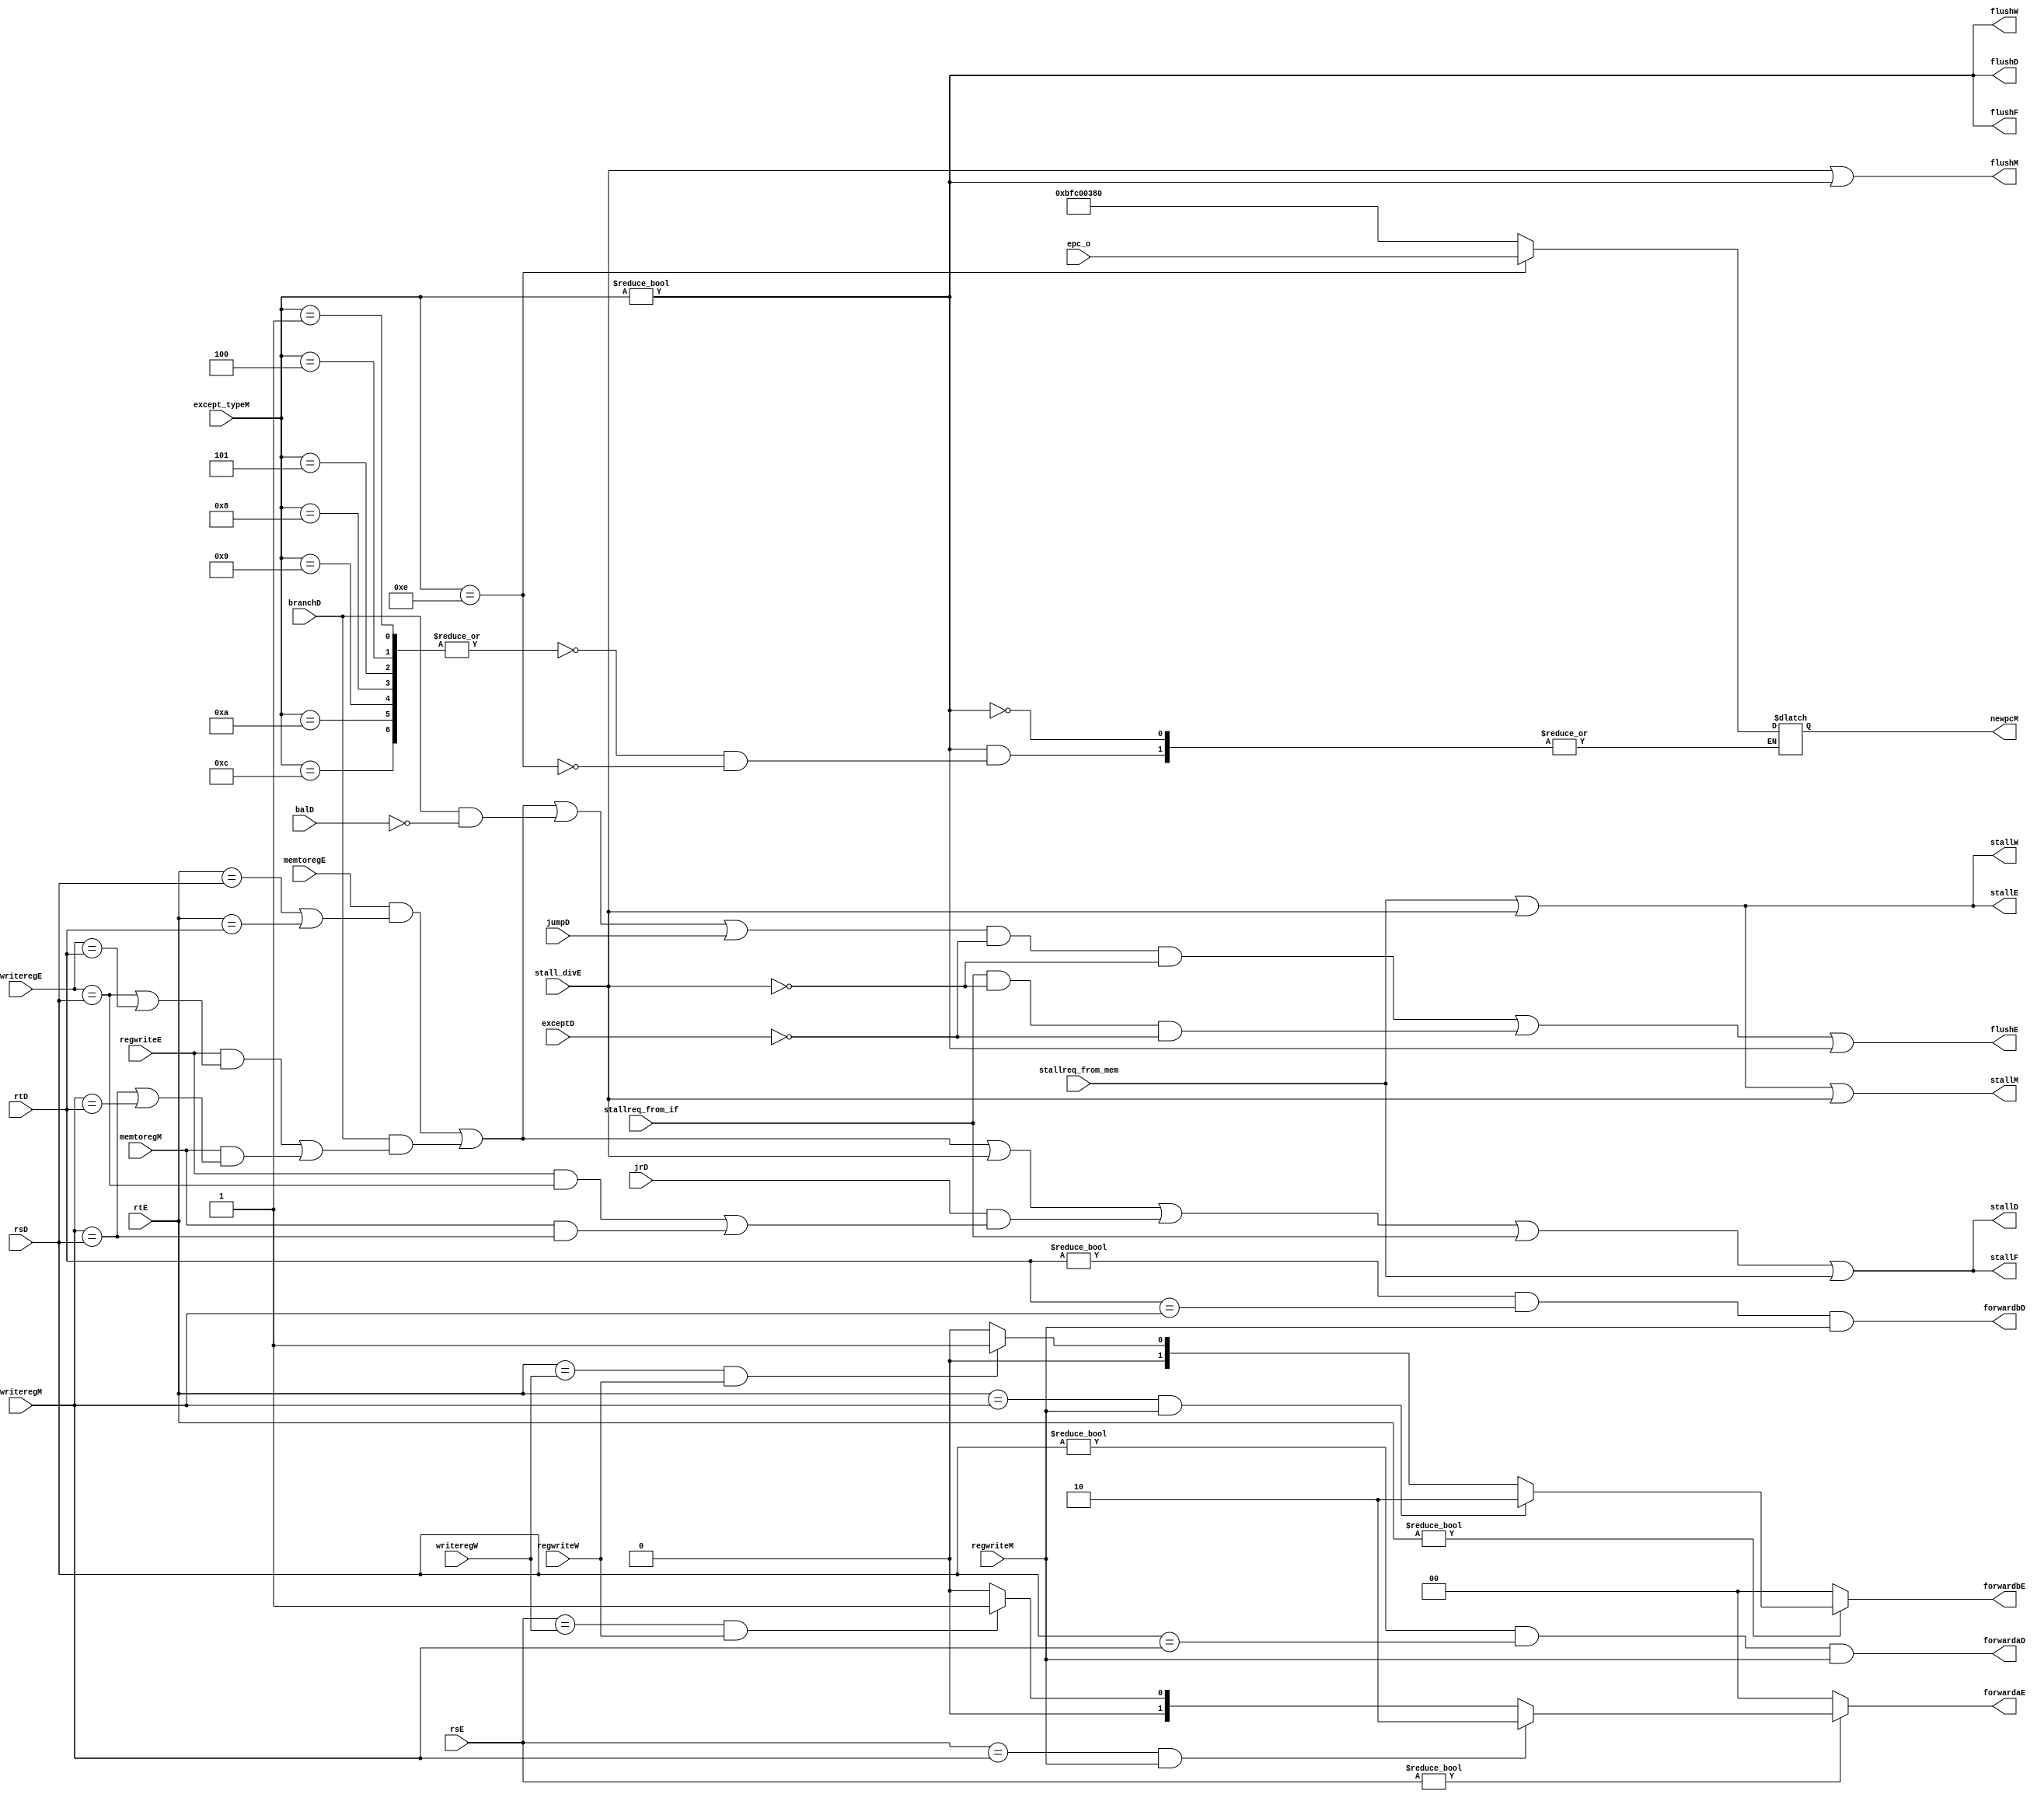
`timescale 1ns / 1ps
//////////////////////////////////////////////////////////////////////////////////
// Company: 
// Engineer: 
// 
// Design Name: 
// Module Name: hazard
// Project Name: 
// Target Devices: 
// Tool Versions: 
// Description: 
// 
// Dependencies: 
// 
// Revision:
// Revision 0.01 - File Created
// Additional Comments:
// 
//////////////////////////////////////////////////////////////////////////////////


module hazard(
	//fetch stage
	output wire flushF,stallF,
	//decode stage
	input wire[4:0] rsD,rtD,
	input wire branchD,balD,jumpD,jrD,
	input wire [7:0] exceptD,
	output wire forwardaD,forwardbD,
	output wire flushD,stallD,
	//execute stage
	input wire[4:0] rsE,rtE,
	input wire[4:0] writeregE,
	input wire regwriteE,
	input wire memtoregE,
	output reg[1:0] forwardaE,forwardbE,
	input wire stall_divE,
	output wire flushE,stallE,
	//mem stage
	input wire[4:0] writeregM,
	input wire regwriteM,
	input wire memtoregM,
	output wire flushM,stallM,
	input wire [31:0] except_typeM,epc_o,
	output reg [31:0] newpcM,
	//write back stage
	input wire[4:0] writeregW,
	input wire regwriteW,
	input wire stallreq_from_if,stallreq_from_mem,
	output flushW,stallW
    );

	wire lwstallD,branchstallD,branchflushD,jrstallD;

	//forwarding sources to D stage (branch equality)
	assign forwardaD = (rsD != 0 & rsD == writeregM & regwriteM);
	assign forwardbD = (rtD != 0 & rtD == writeregM & regwriteM);
	
	//forwarding sources to E stage (ALU)

	always @(*) begin
		forwardaE = 2'b00;
		forwardbE = 2'b00;
		if(rsE != 0) begin
			/* code */
			if(rsE == writeregM & regwriteM) begin
				/* code */
				forwardaE = 2'b10;
			end else if(rsE == writeregW & regwriteW) begin
				/* code */
				forwardaE = 2'b01;
			end
		end
		if(rtE != 0) begin
			/* code */
			if(rtE == writeregM & regwriteM) begin
				/* code */
				forwardbE = 2'b10;
			end else if(rtE == writeregW & regwriteW) begin
				/* code */
				forwardbE = 2'b01;
			end
		end
	end

	//stalls
	assign lwstallD = memtoregE & (rtE == rsD | rtE == rtD);
	assign branchstallD = branchD & (regwriteE & (writeregE == rsD | writeregE == rtD) | 
										memtoregM & (writeregM == rsD | writeregM == rtD));
	assign branchflushD = branchD & !balD;
	assign jrstallD = jrD & (regwriteE & (writeregE == rsD) |
								memtoregM & (writeregM == rsD));

	assign stallD = lwstallD | branchstallD | stall_divE | jrstallD | stallreq_from_if | stallreq_from_mem;
	assign stallF = stallD; //stalling D stalls all previous stages
	
	assign flushE = ((lwstallD | branchstallD | branchflushD | jumpD) & (exceptD == 0) & (~stall_divE))  | (stallreq_from_if & ~stall_divE & (exceptD == 0)) | (except_typeM!=0); //stalling D flushes next stage
	assign stallE = stall_divE | stallreq_from_mem;
	assign flushM = stall_divE | (except_typeM!=0);

	assign stallW = stallreq_from_mem | stall_divE;
	assign stallM = stallW | stall_divE;

	assign flushF=(except_typeM!=0);
	assign flushD=(except_typeM!=0);//| eretD | exceptE[4];
	assign flushW=(except_typeM!=0);

	always@(*) begin   
        if(except_typeM!=32'b0)
        begin 
            case (except_typeM)
                32'h0000_0001,32'h0000_0004,32'h0000_0005,32'h0000_0008,32'h0000_0009,32'h0000_000a,32'h0000_000c:
                    newpcM <= 32'hbfc00380;
                32'h0000_000e:	newpcM <= epc_o;
            endcase
        end
    end
	// Note: not necessary to stall D stage on store
  	//       if source comes from load;
  	//       instead, another bypass network could
  	//       be added from W to M
endmodule